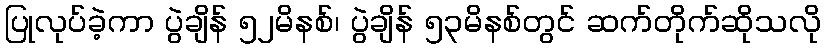
ပြုလုပ်ခဲ့ကာ ပွဲချိန် ၅၂မိနစ်၊ ပွဲချိန် ၅၃မိနစ်တွင် ဆက်တိုက်ဆိုသလို